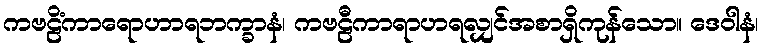
ကဗဠိံကာရောဟာရဘက္ခာနံ၊ ကဗဠီကာရာဟရလျှင်အစာရှိကုန်သော။ ဒေဝါနံ၊